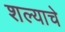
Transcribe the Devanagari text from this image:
शल्याचे